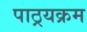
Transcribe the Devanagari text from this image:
पाठ्रयक्रम